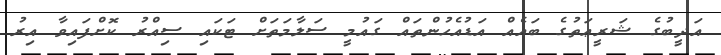
އަދީބުގެ ޝަރީޢަތުގެ ބައެއް އަޑުއެހުންތައް ގައުމީ ސަލާމަތަށް ޓަކައި ސިއްރު ކޮށްފައިވާ އިރު